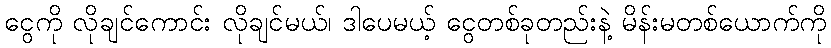
ငွေကို လိုချင်ကောင်း လိုချင်မယ်၊ ဒါပေမယ့် ငွေတစ်ခုတည်းနဲ့ မိန်းမတစ်ယောက်ကို